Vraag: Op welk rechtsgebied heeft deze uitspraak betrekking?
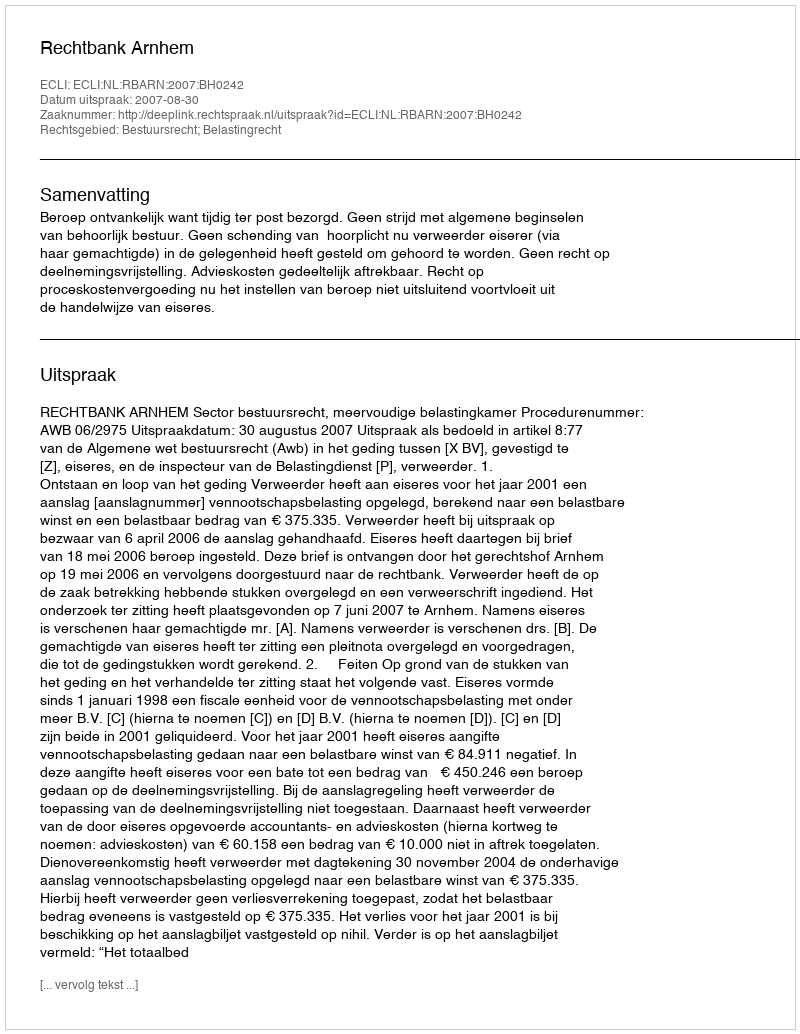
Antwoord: Bestuursrecht; Belastingrecht